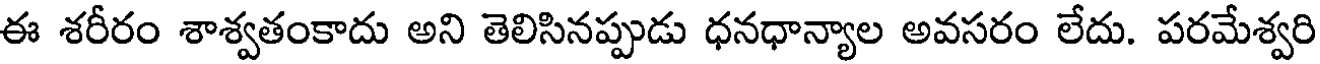
ఈ శరీరం శాశ్వతంకాదు అని తెలిసినప్పుడు ధనధాన్యాల అవసరం లేదు. పరమేశ్వరి